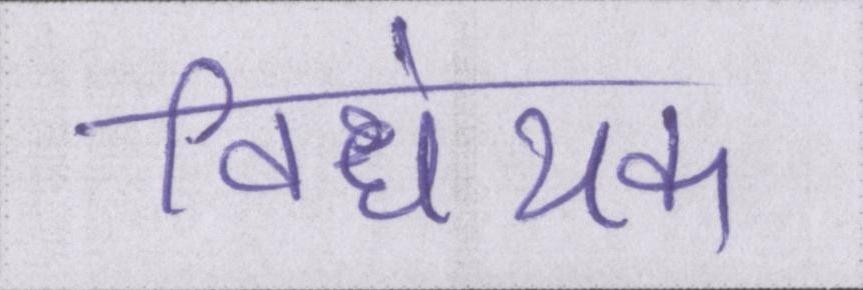
विधेयक